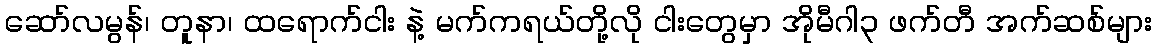
ဆော်လမွန်၊ တူနာ၊ ထရောက်ငါး နဲ့ မက်ကရယ်တို့လို ငါးတွေမှာ အိုမီဂါ၃ ဖက်တီ အက်ဆစ်များ